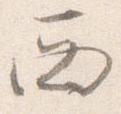
西